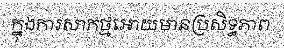
ក្នុងការសាកថ្មអោយមានប្រសិទ្ធភាព